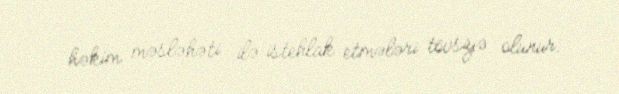
həkim məsləhəti ilə istehlak etmələri tövsiyə olunur.